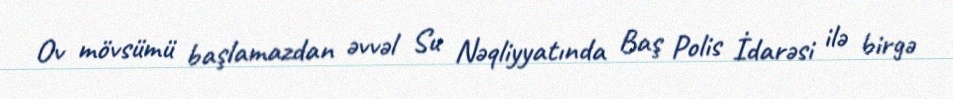
Ov mövsümü başlamazdan əvvəl Su Nəqliyyatında Baş Polis İdarəsi ilə birgə